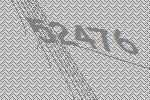
52476